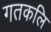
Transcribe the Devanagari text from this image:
गतकलि